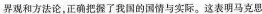
界观和方法论，正确把握了我国的国情与实际。这表明马克思